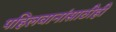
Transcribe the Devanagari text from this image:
पहिलवानांसाठीही